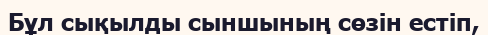
Бұл сықылды сыншының сөзін естіп,